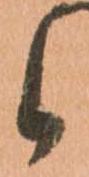
候